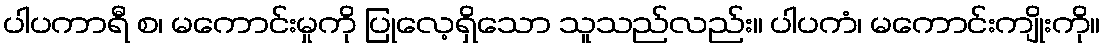
ပါပကာရီ စ၊ မကောင်းမှုကို ပြုလေ့ရှိသော သူသည်လည်း။ ပါပကံ၊ မကောင်းကျိုးကို။